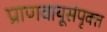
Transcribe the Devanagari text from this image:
प्राणवायूसंपृक्त